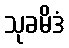
သုခမိဒံ